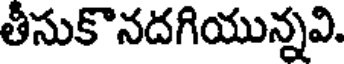
తీసుకొనదగియున్నవి.